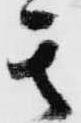
其